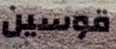
قوسين